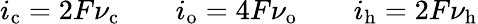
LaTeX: i_{\mathrm{c}}=2F\nu_{\mathrm{c}}\qquad i_{\mathrm{o}}=4F\nu_{\mathrm{o}}\qquad i_{\mathrm{h}}=2F\nu_{\mathrm{h}}